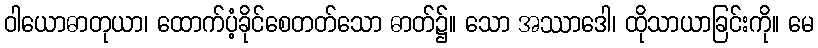
ဝါယောဓာတုယာ၊ ထောက်ပံ့ခိုင်စေတတ်သော ဓာတ်၌။ သော အဿာဒေါ၊ ထိုသာယာခြင်းကို။ မေ